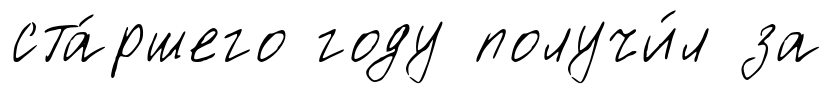
ста́ршего году получи́л за